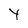
Character: y